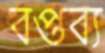
বপ্তব্য